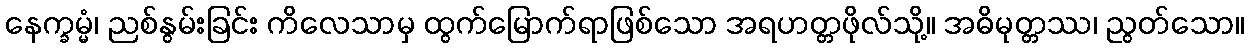
နေက္ခမ္မံ၊ ညစ်နွမ်းခြင်း ကိလေသာမှ ထွက်မြောက်ရာဖြစ်သော အရဟတ္တဖိုလ်သို့။ အဓိမုတ္တဿ၊ ညွတ်သော။